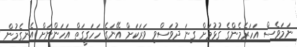
ނަމަވެސް އަހަރެމެންގެ ގުޅުމަށް ގިނަ ދުވަސްވި ވަރަކަށް އޭނަގެ ހަހަގީގަތް އަހަންނަށް އެނގެމުން